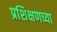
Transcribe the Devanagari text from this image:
प्रशिक्षणच्या